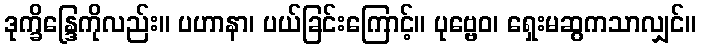
ဒုက္ခိန္ဒြေကိုလည်း။ ပဟာနာ၊ ပယ်ခြင်းကြောင့်။ ပုဗ္ဗေဝ၊ ရှေးမဆွကသာလျှင်။